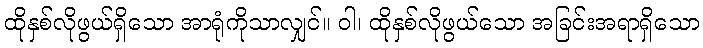
ထိုနှစ်လိုဖွယ်ရှိသော အာရုံကိုသာလျှင်။ ဝါ၊ ထိုနှစ်လိုဖွယ်သော အခြင်းအရာရှိသော